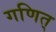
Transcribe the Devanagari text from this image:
गणित्